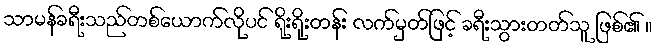
သာမန်ခရီးသည်တစ်ယောက်လိုပင် ရိုးရိုးတန်း လက်မှတ်ဖြင့် ခရီးသွားတတ်သူ ဖြစ်၏ ။